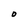
Character: O